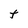
Character: t